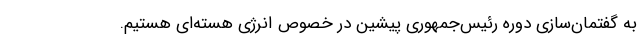
به گفتمان‌سازی دوره رئیس‌جمهوری پیشین در خصوص انرژی هسته‌ای هستیم.